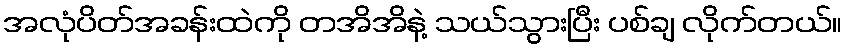
အလုံပိတ်အခန်းထဲကို တအိအိနဲ့ သယ်သွားပြီး ပစ်ချ လိုက်တယ်။